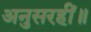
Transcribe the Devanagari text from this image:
अनुसरहीं॥